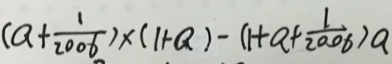
( a + \frac { 1 } { 2 0 0 6 } ) \times ( 1 + a ) - ( 1 + a + \frac { 1 } { 2 0 0 6 } ) a